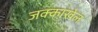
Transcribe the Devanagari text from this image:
जक्काखेल